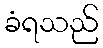
ခံရသည်